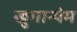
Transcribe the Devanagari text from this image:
खुमान्थेम